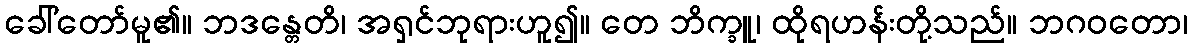
ခေါ်တော်မူ၏။ ဘဒန္တေတိ၊ အရှင်ဘုရားဟူ၍။ တေ ဘိက္ခူ၊ ထိုရဟန်းတို့သည်။ ဘဂဝတော၊